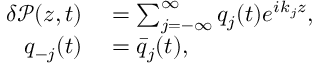
\begin{array} { r l } { \delta \mathcal { P } ( z , t ) } & { { } = \sum _ { j = - \infty } ^ { \infty } q _ { j } ( t ) e ^ { i k _ { j } z } , } \\ { q _ { - j } ( t ) } & { { } = \bar { q } _ { j } ( t ) , } \end{array}